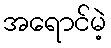
အရောင်မဲ့